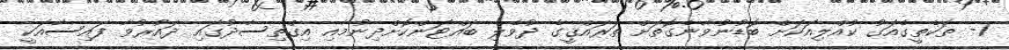
1- ތަކެތީގެއަގު ކުއްލިއަކަށް ބޮޑުނުވާނެގޮތަށް ތަރައްޤީގެ ދުވެލި ބައްޓަންކޮށްދިނުމާއި އިގްތިސާދުގައި ދައުރުވާ ފައިސާއަކީ